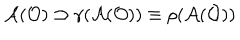
{ \cal A } ( { \cal O } ) \supset \gamma ( { \cal A } ( { \cal O } ) ) \equiv \rho ( { \cal A } ( { \cal O } ) )